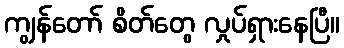
ကျွန်တော် စိတ်တွေ လှုပ်ရှားနေပြီ။